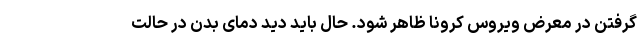
گرفتن در معرض ویروس کرونا ظاهر شود. حال باید دید دمای بدن در حالت